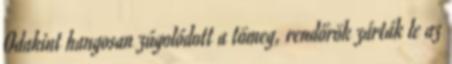
Odakint hangosan zúgolódott a tömeg, rendőrök zárták le az